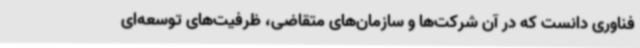
فناوری دانست که در آن شرکت‌ها و سازمان‌های متقاضی، ظرفیت‌های توسعه‌ای